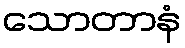
သောတာနံ